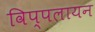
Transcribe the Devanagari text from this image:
विप्पलायन